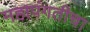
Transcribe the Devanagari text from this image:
महापंगतीचा